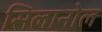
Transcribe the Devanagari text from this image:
सिलानोल